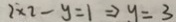
2 \times 2 - y = 1 \Rightarrow y = 3